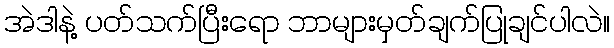
အဲဒါနဲ့ ပတ်သက်ပြီးရော ဘာများမှတ်ချက်ပြုချင်ပါလဲ။